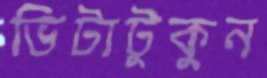
ভিটাটুকুন